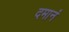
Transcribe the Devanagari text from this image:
दमानं